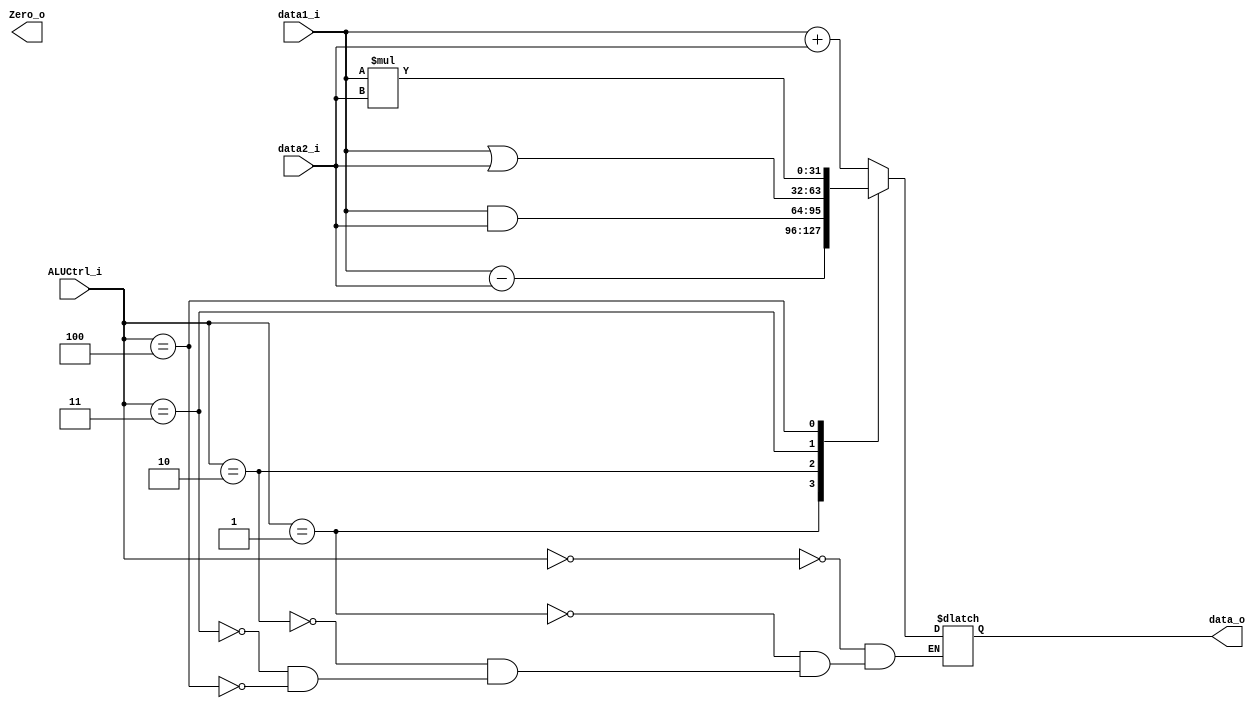
module ALU(
    data1_i,
    data2_i,
    ALUCtrl_i,
    data_o,
    Zero_o
);

input	[31:0]	data1_i, data2_i;
input	[2:0]	ALUCtrl_i;
output	[31:0]	data_o;
output 	Zero_o;

reg [31:0] temp;
assign data_o = temp;

always@(data1_i or data2_i or ALUCtrl_i)
  begin
    case(ALUCtrl_i)
      3'b000 : temp <= data1_i+data2_i;
      3'b001 : temp <= data1_i-data2_i;
      3'b010 : temp <= data1_i&data2_i;
      3'b011 : temp <= data1_i|data2_i;
      3'b100 : temp <= data1_i*data2_i;
    endcase
  end

endmodule